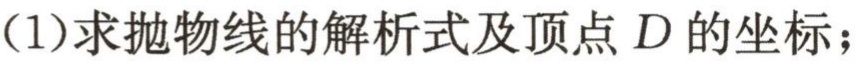
(1)求抛物线的解析式及顶点\(D\)的坐标；